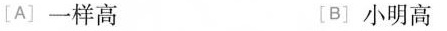
[A]一样高 [B]小明高